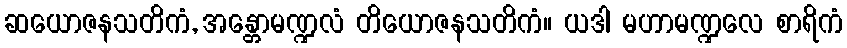
ဆယောဇနသတိကံ, အန္တောမဏ္ဍလံ တိယောဇနသတိကံ။ ယဒါ မဟာမဏ္ဍလေ စာရိကံ